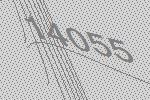
14055